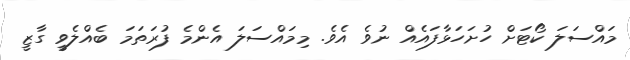
މައްސަލަ ކޯޓަށް ހުށަހަޅާފައެއް ނުވެ އެވެ. މިމައްސަލަ އެންމެ ފުރަތަމަ ބެއްލެވީ ގާޒީ